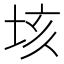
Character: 垓